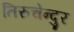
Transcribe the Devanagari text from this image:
तिरुचेन्दुर